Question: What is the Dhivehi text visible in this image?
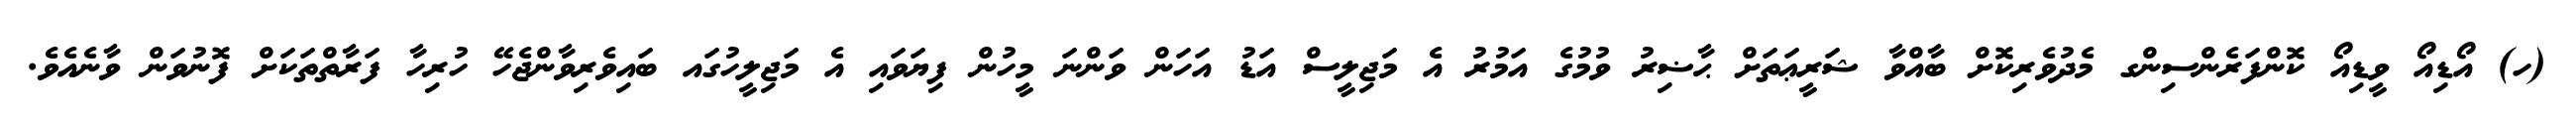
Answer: (ހ) އޯޑިއޯ ވީޑިއޯ ކޮންފަރެންސިންގ މެދުވެރިކޮށް ބާއްވާ ޝަރީޢަތަށް ޙާޟިރު ވުމުގެ އަމުރު އެ މަޖިލީސް އަޑު އަހަން ވަންނަ މީހުން ފިޔަވައި އެ މަޖިލީހުގައ ބައިވެރިވާންޖެހޭ ހުރިހާ ފަރާތްތަކަށް ފޮނުވަން ވާނެއެވެ.